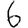
Digit: 6